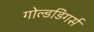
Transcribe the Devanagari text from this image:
गोल्डडिगर्स